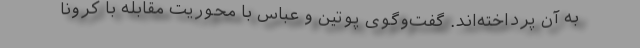
به آن پرداخته‌اند. گفت‌وگوی پوتین و عباس با محوریت مقابله با کرونا